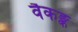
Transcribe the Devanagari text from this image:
वैकङ्क